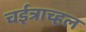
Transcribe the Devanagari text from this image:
चईत्राच्हल